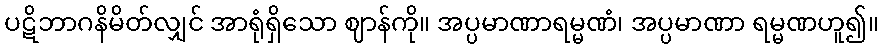
ပဋိဘာဂနိမိတ်လျှင် အာရုံရှိသော ဈာန်ကို။ အပ္ပမာဏာရမ္မဏံ၊ အပ္ပမာဏာ ရမ္မဏဟူ၍။